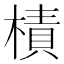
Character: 樍